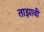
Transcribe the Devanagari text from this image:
ताझावी